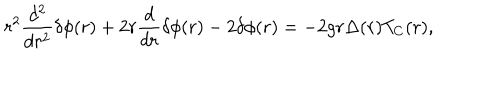
r ^ { 2 } \frac { d ^ { 2 } } { d r ^ { 2 } } { \delta } { \phi } ( r ) + 2 r \frac { d } { d r } { \delta } { \phi } ( r ) - 2 { \delta } { \phi } ( r ) = - 2 g r { \Delta } ( r ) T _ { C } ( r ) ,